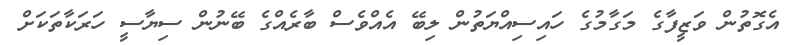
އެގޮތުން ވަޒީފާގެ މަގާމުގެ ހައިސިއްޔަތުން ލިބޭ އެއްވެސް ބާރެއްގެ ބޭނުން ސިޔާސީ ހަރަކާތަކަށް